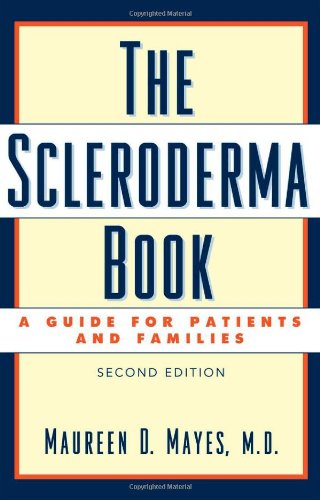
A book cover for The Scleroderma Book: A Guide for Patients and Families; Maureen D. Mayes; Health, Fitness & Dieting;